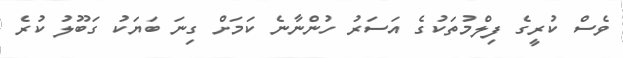
ވެސް ކުރީގެ ފިލްމުތަކުގެ އަސަރު ހުންނާނެ ކަމަށް ގިނަ ބަޔަކު ގަބޫލު ކުރެ